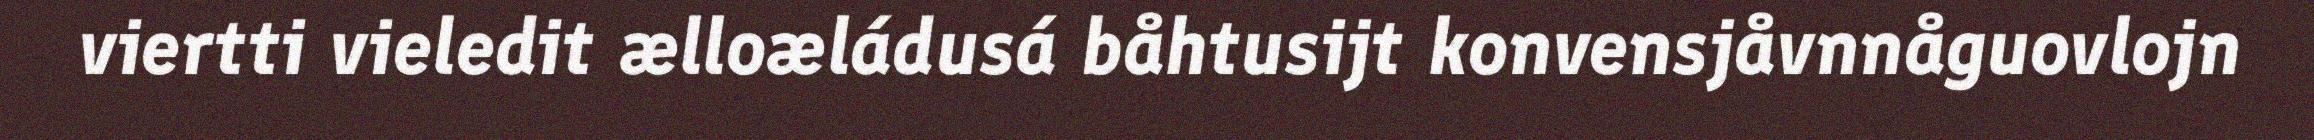
viertti vieledit ælloæládusá båhtusijt konvensjåvnnåguovlojn